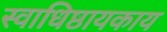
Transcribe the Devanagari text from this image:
स्वाधिष्ठायकाय